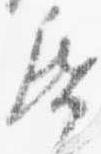
紙